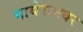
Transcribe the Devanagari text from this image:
माथेरानवर